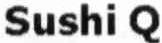
SUSHI Q